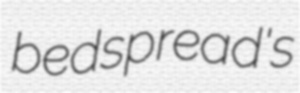
bedspread's